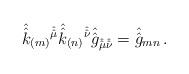
LaTeX: \begin{align*}\hat{\hat{k}}_{(m)}{}^{\hat{\hat{\mu}}}\hat{\hat{k}}_{(n)}{}^{\hat{\hat{\nu}}} \hat{\hat{g}}_{\hat{\hat{\mu}}\hat{\hat{\nu}}}= \hat{\hat{g}}_{mn}\, .\end{align*}